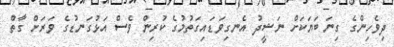
ދިވެހިންގެ ގިނަ ބަޔަކަށް ނަޝީދު އެނގިވަޑައިގަތުމުގެ ކުރިން ވެސް އަޅުގަނޑުގެ ވަރަށް ގާތް